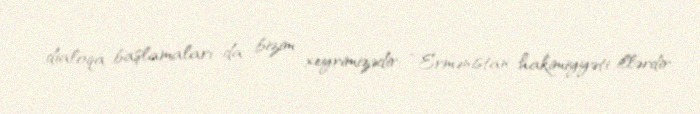
dialoqa başlamaları da bizim xeyrimizədir: “Ermənistan hakimiyyəti illərdir